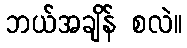
ဘယ်အချိန် စလဲ။